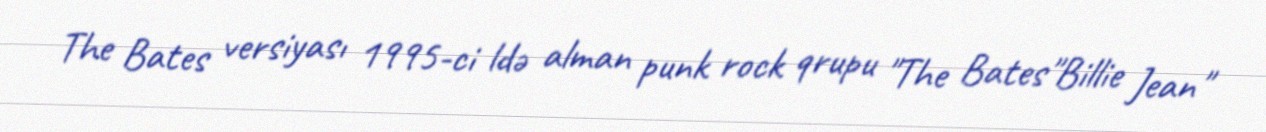
The Bates versiyası 1995-ci ldə alman punk rock qrupu "The Bates"Billie Jean"